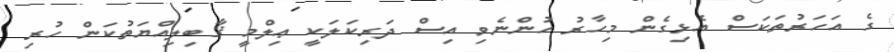
ގެ އަހަރުތަކަސް އެޅިގެން މިހާރު ހުންނެވި އިސް ދަރިކަލަކީ ޢިލްމީ ޤާބިލިއްޔަތުކަން ހުރި